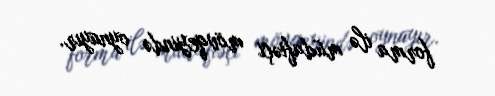
forma ilə müdafiəçi mövqeyində oynayır.